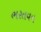
ભરતવન